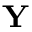
\mathbf { Y }